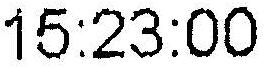
15:23:00